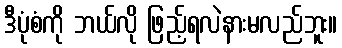
ဒီပုံစံကို ဘယ်လို ဖြည့်ရလဲနားမလည်ဘူး။